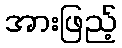
အားဖြည့်